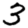
Digit: 3